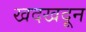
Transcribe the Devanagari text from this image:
खदखदून